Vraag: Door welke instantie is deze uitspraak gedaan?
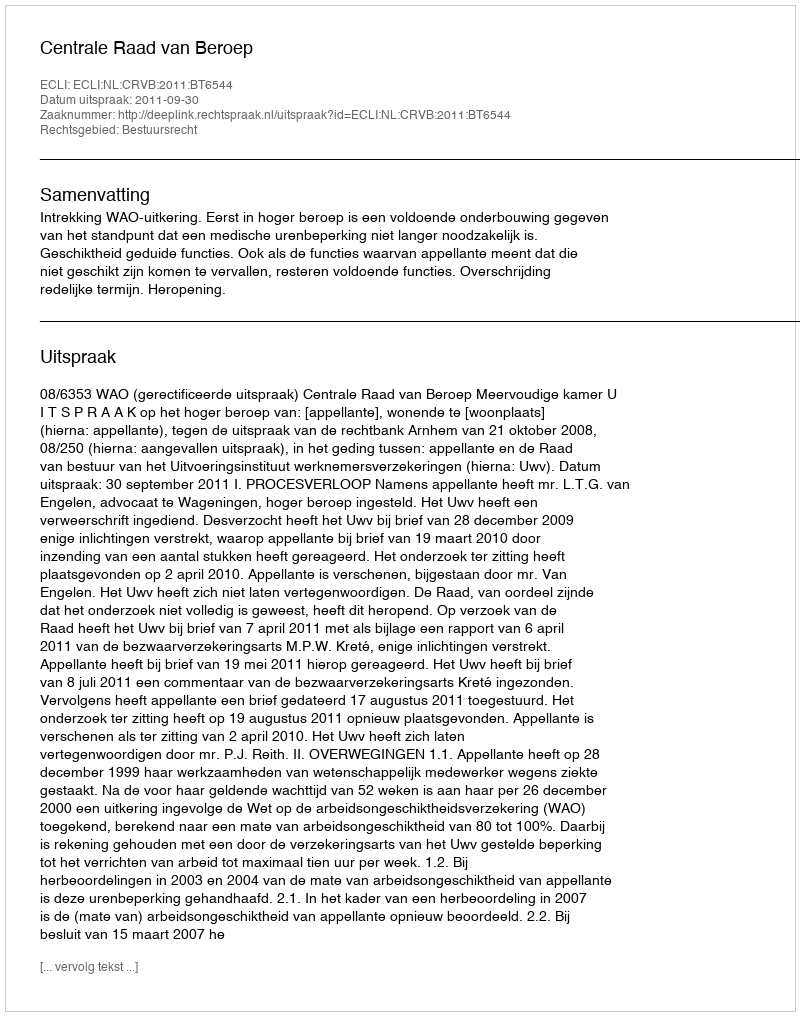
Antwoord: Centrale Raad van Beroep